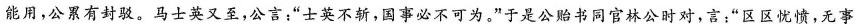
能用，公累有封驳。马士英又至，公言；”士英不斩，国事必不可为。”于是公贻书同官林公时对，言：”区区忧愤，无事